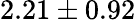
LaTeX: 2.21\pm 0.92